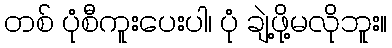
တစ် ပုံစီကူးပေးပါ၊ ပုံ ချဲ့ဖို့မလိုဘူး။